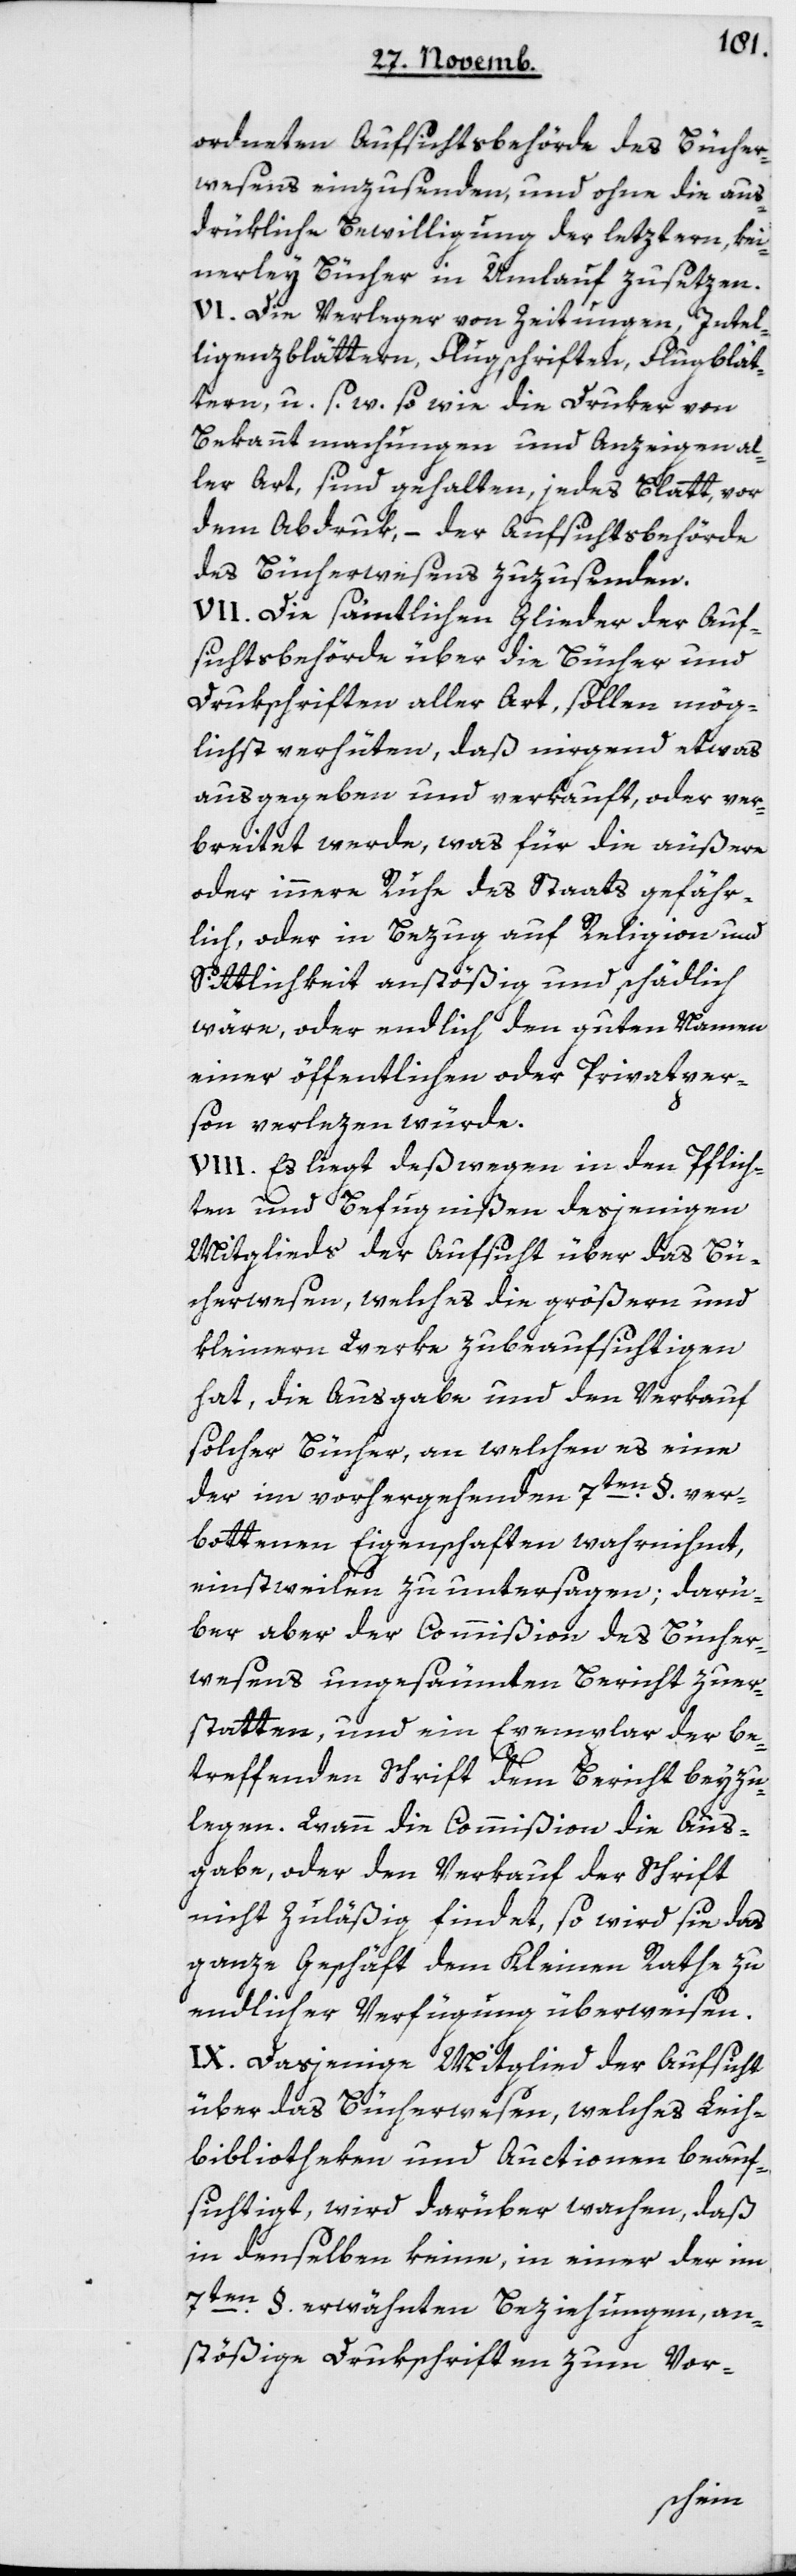
ordneten Aufsichtsbehörde des Bücher¬
wesens einzusenden, und ohne die aus¬
drükliche Bewilligung der letztern, kei¬
nerlei Bücher in Umlauf zu setzen.
VI. Die Verleger von Zeitungen, Intel¬
ligenzblättern, Flugschriften, Flugblät¬
tern u. s. w., sowie die Druker von
Bekanntmachungen und Anzeigen al¬
ler Art, sind gehalten, jedes Blatt vor
dem Abdruk, – der Aufsichtsbehörde
des Bücherwesens zuzusenden.
VII. Die sämtlichen Glieder der Auf¬
sichtsbehörde über die Bücher und
Drukschriften aller Art, sollen mög¬
lichst verhüten, daß irgend etwas
ausgegeben und verkauft, oder ver¬
breitet werde, was für die äußere
oder innere Ruhe des Staats gefähr¬
lich, oder in Bezug auf Religion und
Sittlichkeit anstößig und schädlich
wäre, oder endlich den guten Namen
einer öffentlichen oder Privatper¬
son verlezen würde.
VIII. Es liegt deswegen in den Pflich¬
ten und Befugnißen desjenigen
Mitglieds der Aufsicht über das Bü¬
cherwesen, welches die größern und
kleinern Werke zu beaufsichtigen
hat, die Ausgabe und den Verkauf
solcher Bücher, an welchen es eine
der im vorhergehenden 7ten § ver¬
bottenen Eigenschaften wahrnihmt,
einstweilen zu untersagen; darü¬
ber aber der Commißion des Bücher¬
wesens ungesäumten Bericht zu er¬
statten, und ein Exemplar der be¬
treffenden Schrift dem Bericht beyzu¬
legen. Wann die Commißion die Aus¬
gabe oder den Verkauf der Schrift
nicht zuläßig findet, so wird sie das
ganze Geschäft dem kleinen Rathe zu
endlicher Verfügung überweisen.
IX. Dasjenige Mitglied der Aufsicht
über das Bücherwesen, welches Leih¬
bibliotheken und Auctionen beauf¬
sichtigt, wird darüber wachen, daß
in denselben keine, in einer der im
7ten § erwähnten Beziehungen, an¬
stößige Drukschriften zum Vor-